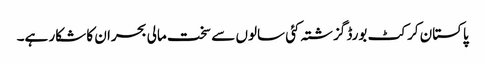
پاکستان کرکٹ بورڈ گزشتہ کئی سالوں سے سخت مالی بحران کا شکار ہے۔